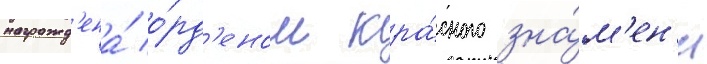
награжд'ена́ о́рд'еном кра́сного зна́м'ен'и